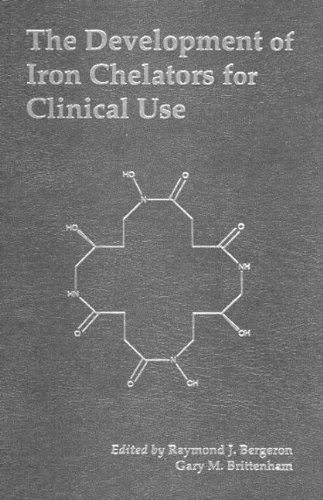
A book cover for The Development of Iron Chelators for Clinical Use; Raymond J. Bergeron; Health, Fitness & Dieting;